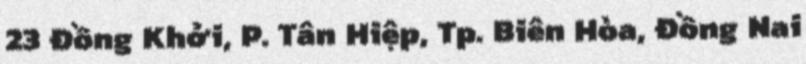
23 Đồng Khởi, P. Tân Hiệp, Tp. Biên Hòa, Đồng Nai